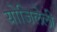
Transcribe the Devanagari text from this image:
योजिलेली